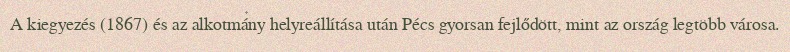
A kiegyezés (1867) és az alkotmány helyreállítása után Pécs gyorsan fejlődött, mint az ország legtöbb városa.